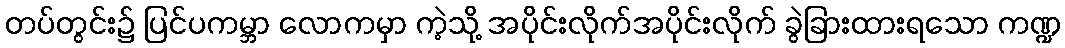
တပ်တွင်း၌ ပြင်ပကမ္ဘာ လောကမှာ ကဲ့သို့ အပိုင်းလိုက်အပိုင်းလိုက် ခွဲခြားထားရသော ကဏ္ဍ